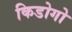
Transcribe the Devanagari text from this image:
किडोगो